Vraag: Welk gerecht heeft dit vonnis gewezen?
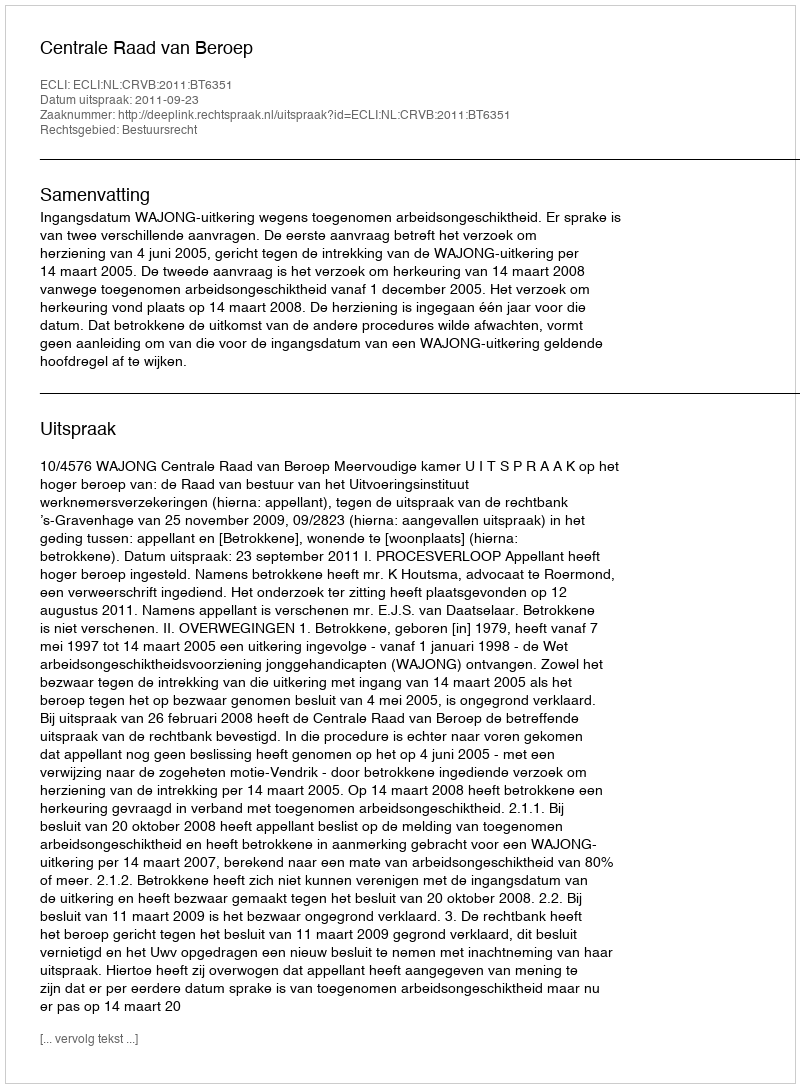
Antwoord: Centrale Raad van Beroep